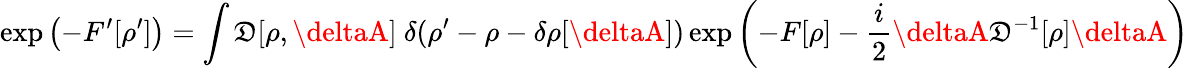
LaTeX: \exp\left(-F^{\prime}[\rho^{\prime}]\right)=\int\mathfrak{D}[\rho,\deltaA]\ \delta(\rho^{\prime}-\rho-\delta\rho[\deltaA])\exp\left(-F[\rho]-{\frac{{i}}{{2}}}\deltaA\mathfrak{D}^{-1}[\rho]\deltaA\right)